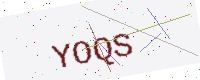
Text: YOQS